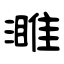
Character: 濉